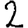
Digit: 2